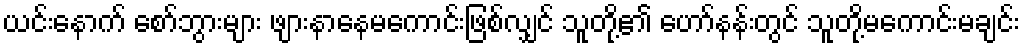
ယင်းနောက် စော်ဘွားများ ဖျားနာနေမကောင်းဖြစ်လျှင် သူတို့၏ ဟော်နန်းတွင် သူတို့မကောင်းမချင်း